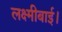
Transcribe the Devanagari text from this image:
लक्ष्मीबाई।